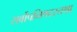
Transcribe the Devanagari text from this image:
सर्वोपनिषदस्तथा